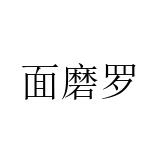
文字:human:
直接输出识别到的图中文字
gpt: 面磨罗